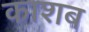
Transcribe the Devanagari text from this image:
काशब